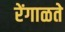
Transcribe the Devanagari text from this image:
रेंगाळते